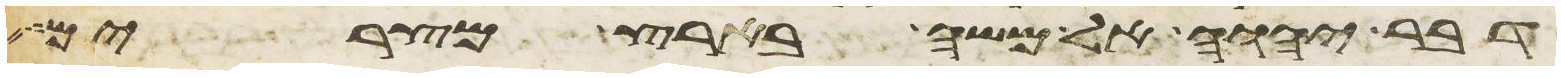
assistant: דבר יהוה אל משה בארץ מצרים